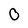
Character: 0